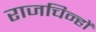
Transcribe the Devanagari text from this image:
राजचिन्हों